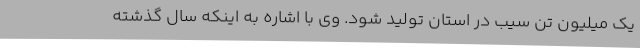
یک میلیون تن سیب در استان تولید شود. وی با اشاره به اینکه سال گذشته